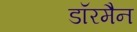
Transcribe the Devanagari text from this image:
डॉरमैन